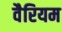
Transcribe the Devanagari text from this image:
वैरियम